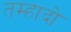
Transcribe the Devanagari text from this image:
तम्हादो